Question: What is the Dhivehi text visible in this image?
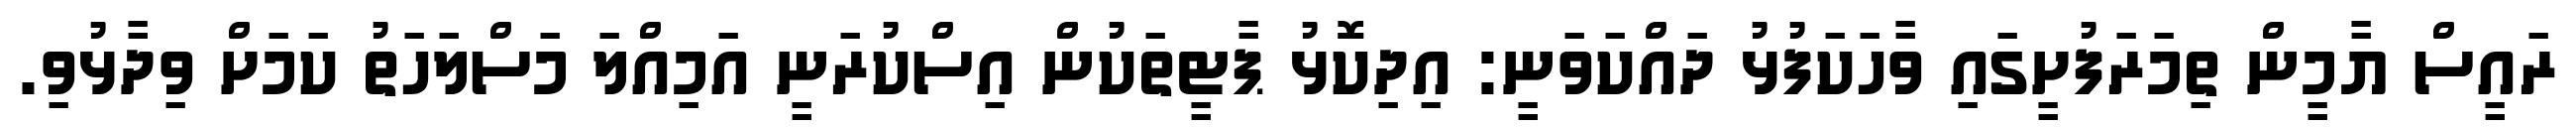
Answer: ރައީސް ޔާމީން ތިމަރަފުށީގައި ވާހަކަފުޅު ދައްކަވަނީ: އިދިކޮޅު ޕާޓީތަކުން އިސްކުރަނީ އަމިއްލަ މަސްލަހަތު ކަމަށް ވިދާޅުވި.